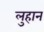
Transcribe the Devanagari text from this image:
लुहान